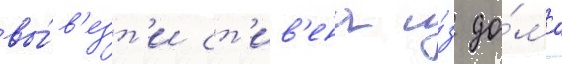
вы́в'езт'и ст'ив'ена и́з до́ма